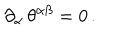
\partial _ { \alpha } \, \theta ^ { \alpha \beta } = 0 \, .